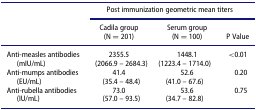
|  | <COLSPAN=3> Post immunization geometric mean titers |
 |  | Cadila group | Serum group |  |
 |  | (N = 201) | (N = 100) | P Value |
 | --- | --- | --- | --- |
 | <ROWSPAN=2> Anti-measles antibodies (mIU/mL) | 2355.5 | 1448.1 | <ROWSPAN=2> <0.01 |
 | (2066.9 – 2684.3) | (1223.4 – 1714.0) |
 | <ROWSPAN=2> Anti-mumps antibodies (EU/mL) | 41.4 | 52.6 | <ROWSPAN=2> 0.20 |
 | (35.4 – 48.4) | (41.0 – 67.6) |
 | <ROWSPAN=2> Anti-rubella antibodies (IU/mL) | 73.0 | 53.6 | <ROWSPAN=2> 0.75 |
 | (57.0 – 93.5) | (34.7 – 82.8) |